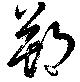
朔